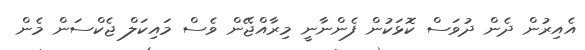
އެއިރުން ދެން ދުވަސް ކޮޅަކުން ފެންނާނީ މިރާއްޖޭން ވެސް މައިކަލް ޖެކްސަން މެން